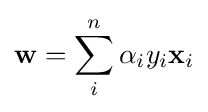
\mathbf {w} =\sum _{i}^{n}\alpha _{i}y_{i}\mathbf {x} _{i}